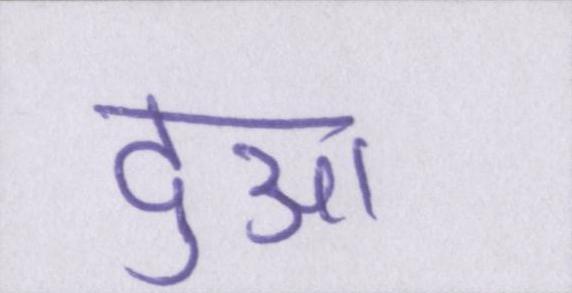
दुआ